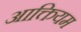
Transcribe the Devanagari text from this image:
आक्तियम